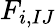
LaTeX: F_{i,IJ}